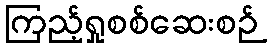
ကြည့်ရှုစစ်ဆေးစဉ်